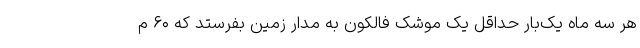
هر سه ماه یک‌بار حداقل یک موشک فالکون به مدار زمین بفرستد که ۶۰ م